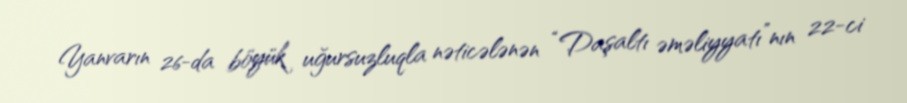
Yanvarın 26-da böyük uğursuzluqla nəticələnən “Daşaltı əməliyyatı”nın 22-ci